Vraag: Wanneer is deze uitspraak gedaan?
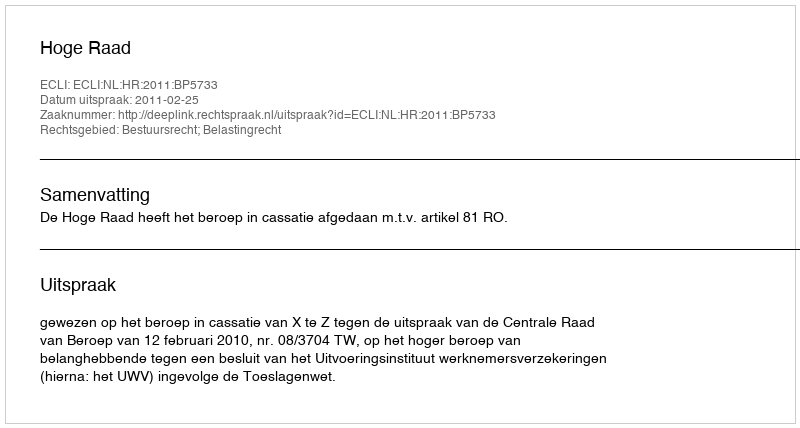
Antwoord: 2011-02-25